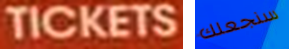
TICKETS سنجعلك